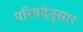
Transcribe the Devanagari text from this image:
परिषदेनुसार